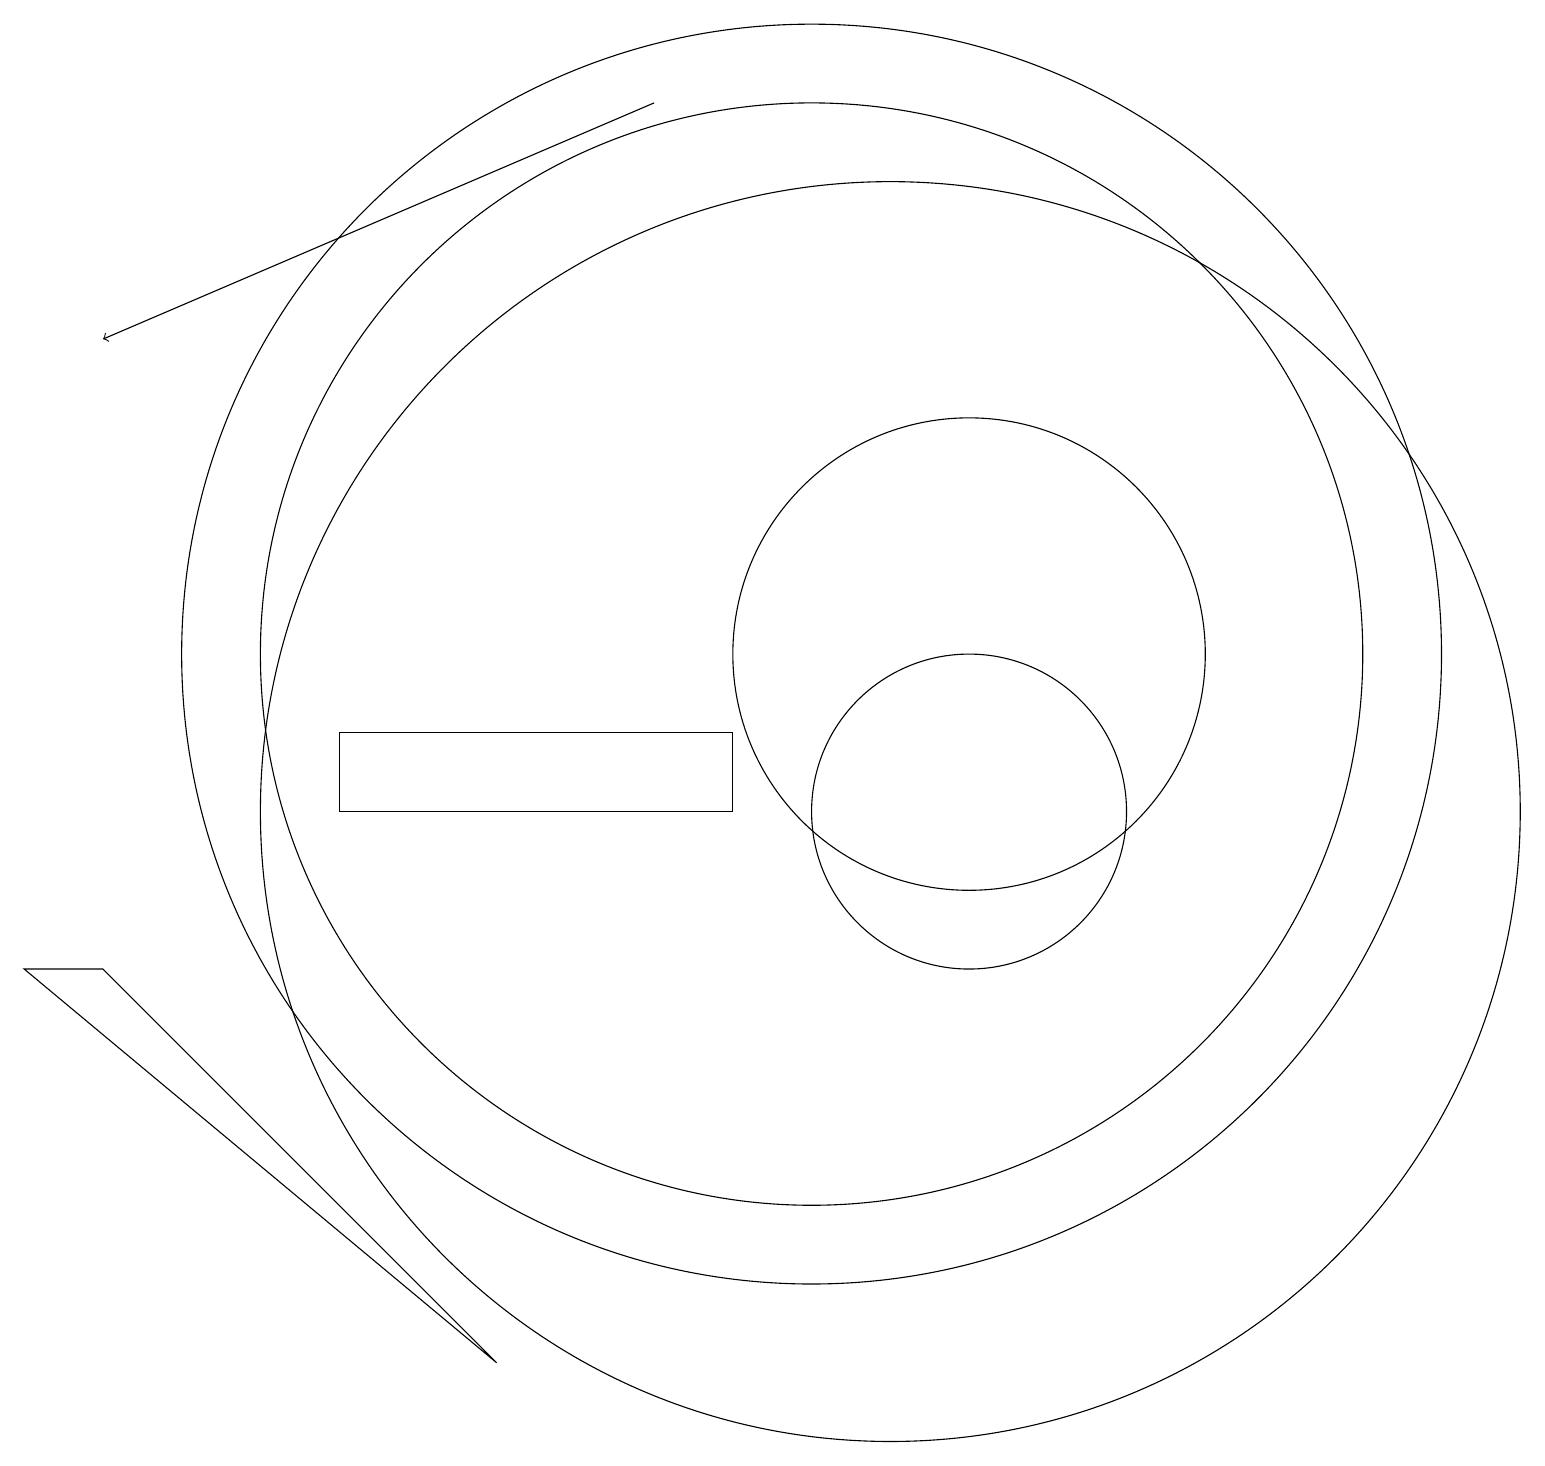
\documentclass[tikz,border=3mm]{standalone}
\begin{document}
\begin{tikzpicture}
\draw (4,11) rectangle (9,10);
\draw (12,10) circle (2);
\draw[->] (8,19) -- (1,16);
\draw (12,12) circle (3);
\draw (10,12) circle (8);
\draw (11,10) circle (8);
\draw (10,12) circle (7);
\draw (6,3) -- (1,8) -- (0,8) -- cycle;
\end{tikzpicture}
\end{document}